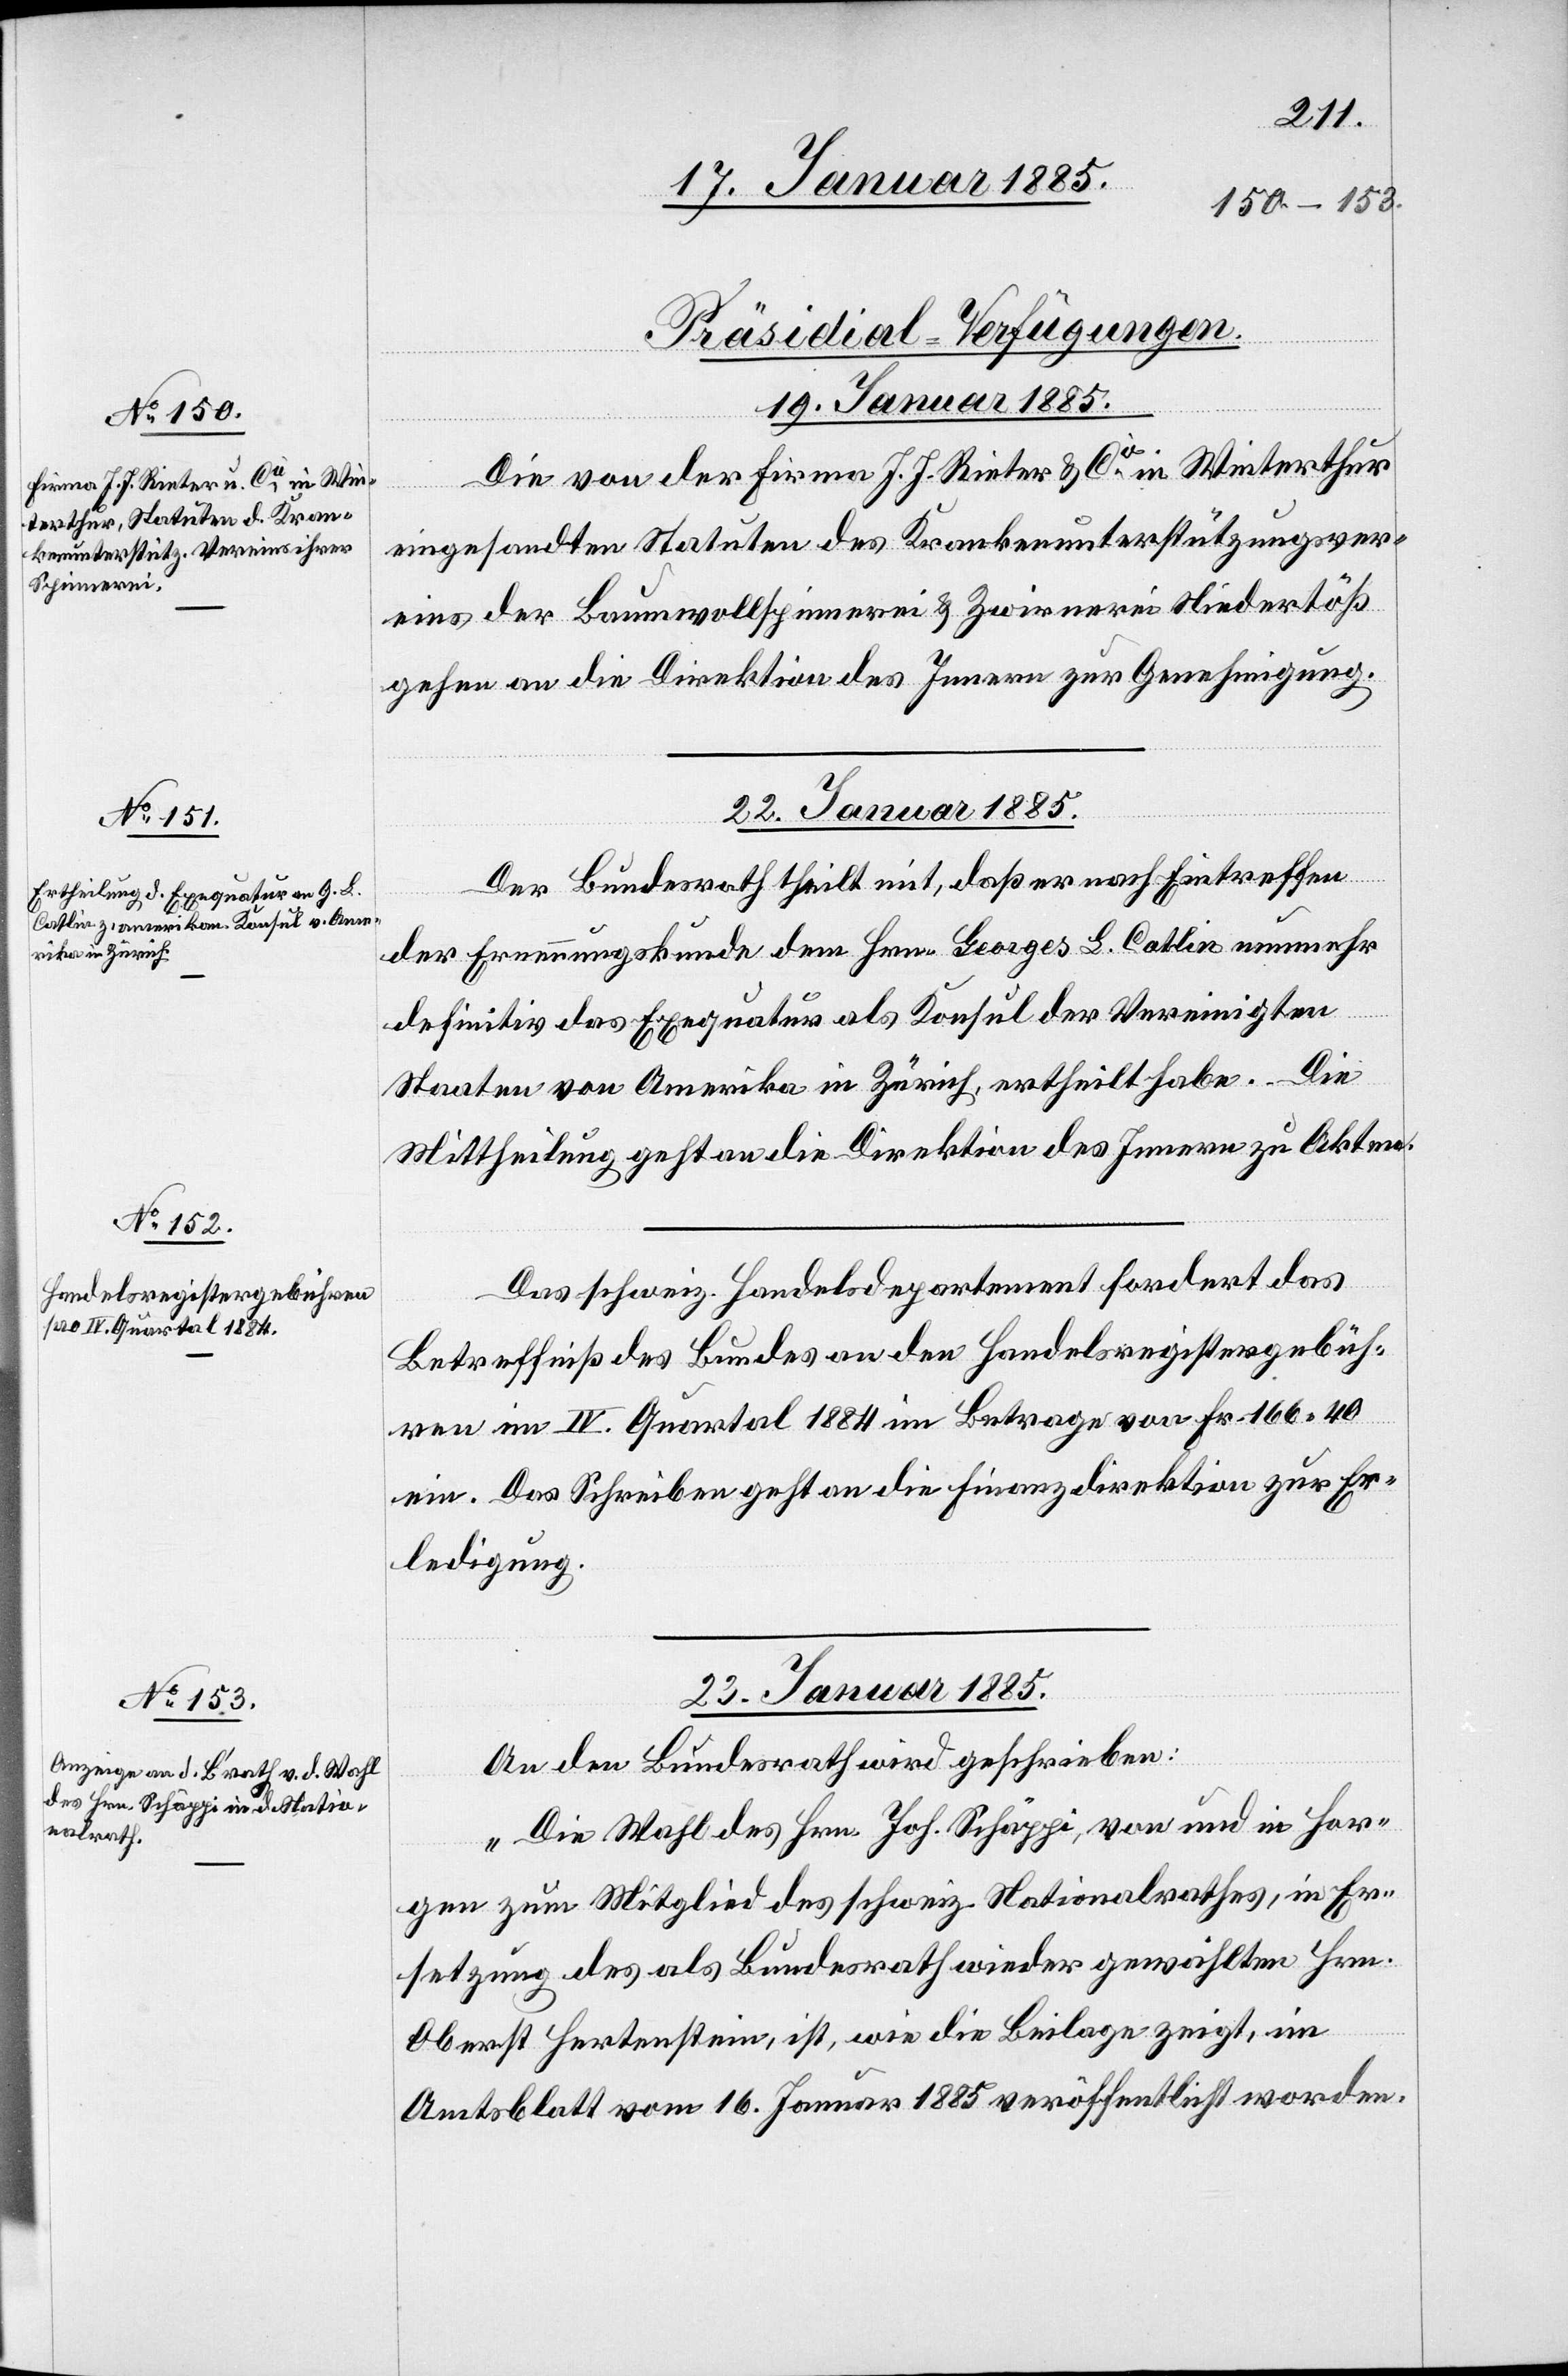
[Präsidial-Verfügungen.]
19. Januar 1885
Die von der Firma J. J. Rieter & Cie in Winterthur
eingesandten Statuten des Krankenunterstützungsver¬
eins der Baumwollspinnerei & Zwirnerei Niedertöß
gegen an die Direktion des Innern zur Genehmigung.
22. Januar 1885]
Der Bundesrath theilt mit, daß er nach Eintreffen
der Ernennungskunde dem Hrn. Georg L. Catlin nunmehr
definitiv das Exequatur als Konsul der Vereinigten
Staaten von Amerika in Zürich, ertheilt habe. Die
Mittheilung geht an die Direktion des Innern zu Akten.
Das schweiz. Handelsdepartement fordert das
Betreffniß des Bundes an den Handelsregistergebüh¬
ren im IV. Quartal 1884 im Betrage von Fr. 166 40
ein. Das Schreiben geht an die Finanzdirektion zu Er¬
ledigung.
23. Januar 1885
An den Bundesrath wird geschrieben:
„Die Wahl des Hrn. Joh. Schäppi, von und in Hor¬
gen zum Mitglied des schweiz. Nationalrathes, in Er¬
setzung des als Bundesrath wieder gewählten Hrn.
Oberst Hertenstein, ist, wie die Beilage zeigt, im
Amtsblatt vom 16. Januar 1885 veröffentlicht worden.